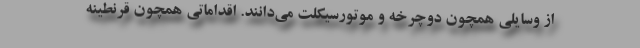
از وسایلی همچون دوچرخه و موتورسیکلت می‌دانند. اقداماتی همچون قرنطینه